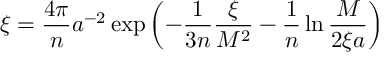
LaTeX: \xi = \frac { 4 \pi } { n } a ^ { - 2 } \exp \left( - \frac { 1 } { 3 n } \frac { \xi } { M ^ { 2 } } - \frac { 1 } { n } \ln \frac { M } { 2 \xi a } \right)